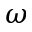
\omega